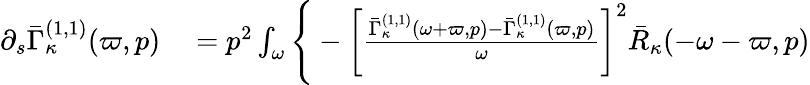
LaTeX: \begin{array}{rl}{\partial_{s}\bar{\Gamma}_{\kappa}^{(1,1)}(\varpi,p)}&{{}=p^{2}\int_{\omega}\Bigg\{ -\left[\frac{\bar{\Gamma}_{\kappa}^{(1,1)}(\omega+\varpi,p)-\bar{\Gamma}_{\kappa}^{(1,1)}(\varpi,p)}{\omega}\right]^{2}\bar{R}_{\kappa}(-\omega-\varpi,p)}\end{array}